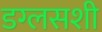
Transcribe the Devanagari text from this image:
डग्लसशी